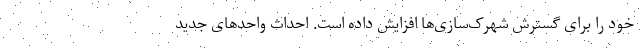
خود را برای گسترش شهرک‌سازی‌ها افزایش داده است. احداث واحدهای جدید